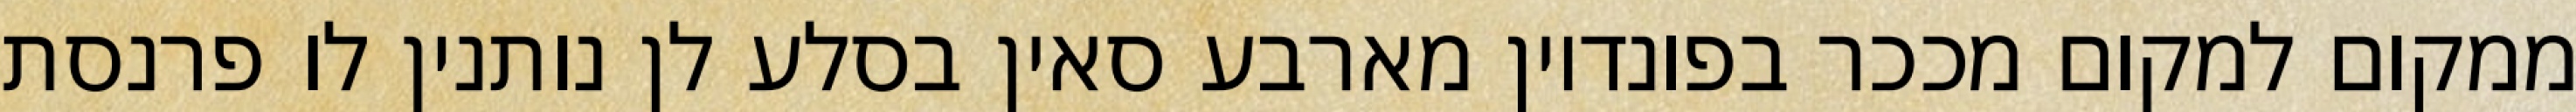
ממקום למקום מככר בפונדיון מארבע סאין בסלע לן נותנין לו פרנסת